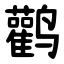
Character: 鹳